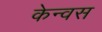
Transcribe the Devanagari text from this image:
केन्वस